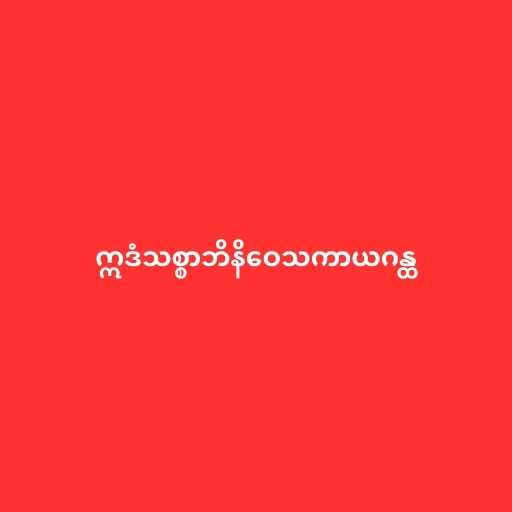
ဣဒံသစ္စာဘိနိဝေသကာယဂန္ထ